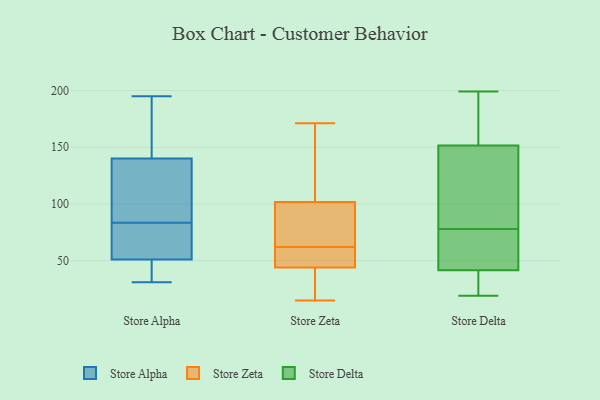
{"axis": {"x": "Production Output", "y": "Value"}, "legend": ["Store Alpha", "Store Delta", "Store Zeta"], "data": [{"x": "", "y": 51, "type": "Store Alpha"}, {"x": "", "y": 63, "type": "Store Alpha"}, {"x": "", "y": 173, "type": "Store Alpha"}, {"x": "", "y": 89, "type": "Store Alpha"}, {"x": "", "y": 46, "type": "Store Alpha"}, {"x": "", "y": 31, "type": "Store Alpha"}, {"x": "", "y": 97, "type": "Store Alpha"}, {"x": "", "y": 184, "type": "Store Alpha"}, {"x": "", "y": 103, "type": "Store Alpha"}, {"x": "", "y": 54, "type": "Store Alpha"}, {"x": "", "y": 195, "type": "Store Alpha"}, {"x": "", "y": 33, "type": "Store Alpha"}, {"x": "", "y": 78, "type": "Store Alpha"}, {"x": "", "y": 140, "type": "Store Alpha"}, {"x": "", "y": 132, "type": "Store Alpha"}, {"x": "", "y": 31, "type": "Store Alpha"}, {"x": "", "y": 173, "type": "Store Alpha"}, {"x": "", "y": 69, "type": "Store Alpha"}, {"x": "", "y": 68, "type": "Store Zeta"}, {"x": "", "y": 50, "type": "Store Zeta"}, {"x": "", "y": 77, "type": "Store Zeta"}, {"x": "", "y": 48, "type": "Store Zeta"}, {"x": "", "y": 91, "type": "Store Zeta"}, {"x": "", "y": 27, "type": "Store Zeta"}, {"x": "", "y": 171, "type": "Store Zeta"}, {"x": "", "y": 168, "type": "Store Zeta"}, {"x": "", "y": 38, "type": "Store Zeta"}, {"x": "", "y": 15, "type": "Store Zeta"}, {"x": "", "y": 46, "type": "Store Zeta"}, {"x": "", "y": 134, "type": "Store Zeta"}, {"x": "", "y": 62, "type": "Store Zeta"}, {"x": "", "y": 124, "type": "Store Delta"}, {"x": "", "y": 199, "type": "Store Delta"}, {"x": "", "y": 60, "type": "Store Delta"}, {"x": "", "y": 85, "type": "Store Delta"}, {"x": "", "y": 170, "type": "Store Delta"}, {"x": "", "y": 35, "type": "Store Delta"}, {"x": "", "y": 134, "type": "Store Delta"}, {"x": "", "y": 41, "type": "Store Delta"}, {"x": "", "y": 19, "type": "Store Delta"}, {"x": "", "y": 71, "type": "Store Delta"}, {"x": "", "y": 169, "type": "Store Delta"}, {"x": "", "y": 42, "type": "Store Delta"}]}